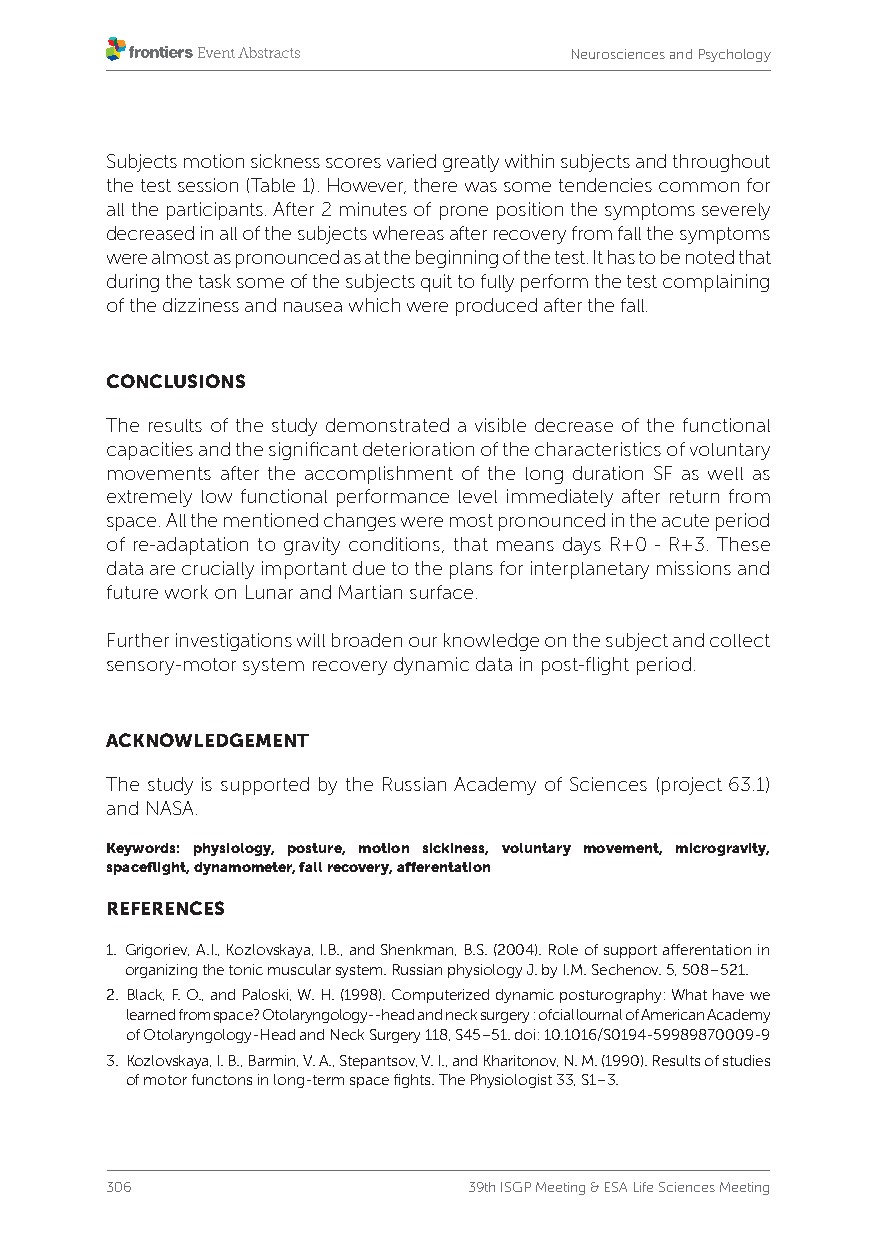
Neurosciences and Psychology
 Subjects motion sickness scores varied greatly within subjects and throughout
 the test session (Table 1). However, there was some tendencies common for
 all the participants. After 2 minutes of prone position the symptoms severely
 decreased in all of the subjects whereas after recovery from fall the symptoms
 were almost as pronounced as at the beginning of the test. It has to be noted that
 during the task some of the subjects quit to fully perform the test complaining
 of the dizziness and nausea which were produced after the fall.
 CONCLUSIONS
 The results of the study demonstrated a visible decrease of the functional
 capacities and the significant deterioration of the characteristics of voluntary
 movements after the accomplishment of the long duration SF as well as
 extremely low functional performance level immediately after return from
 space. All the mentioned changes were most pronounced in the acute period
 of re-adaptation to gravity conditions, that means days R+0 - R+3. These
 data are crucially important due to the plans for interplanetary missions and
 future work on Lunar and Martian surface.
 Further investigations will broaden our knowledge on the subject and collect
 sensory-motor system recovery dynamic data in post-flight period.
 ACKNOWLEDGEMENT
 The study is supported by the Russian Academy of Sciences (project 63.1)
 and NASA.
 Keywords: physiology, posture, motion sickiness, voluntary movement, microgravity,
 spaceflight, dynamometer, fall recovery, afferentation
 REFERENCES
 1. Grigoriev, A.I., Kozlovskaya, I.B., and Shenkman, B.S. (2004). Role of support afferentation in
 organizing the tonic muscular system. Russian physiology J. by I.M. Sechenov. 5, 508–521.
 2. Black, F. O., and Paloski, W. H. (1998). Computerized dynamic posturography: What have we
 learned from space? Otolaryngology--head and neck surgery : ofcial lournal of American Academy
 of Otolaryngology-Head and Neck Surgery 118, S45–51. doi: 10.1016/S0194-59989870009-9
 3. K ozlovskaya, I. B., Barmin, V. A., Stepantsov, V. I., and Kharitonov, N. M. (1990). Results of studies
 of motor functons in long-term space fights. The Physiologist 33, S1–3.
 306                     39th ISGP Meeting & ESA Life Sciences Meeting